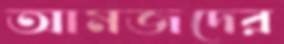
আমজদের